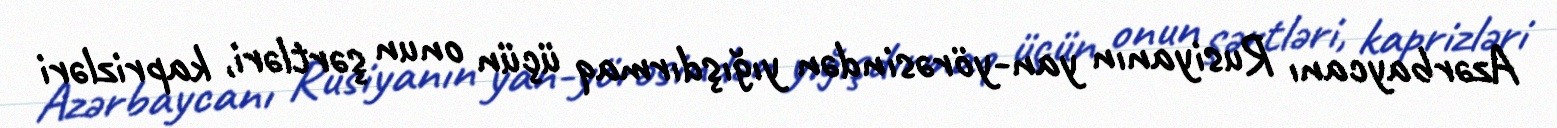
Azərbaycanı Rusiyanın yan-yörəsindən yığışdırmaq üçün onun şərtləri, kaprizləri